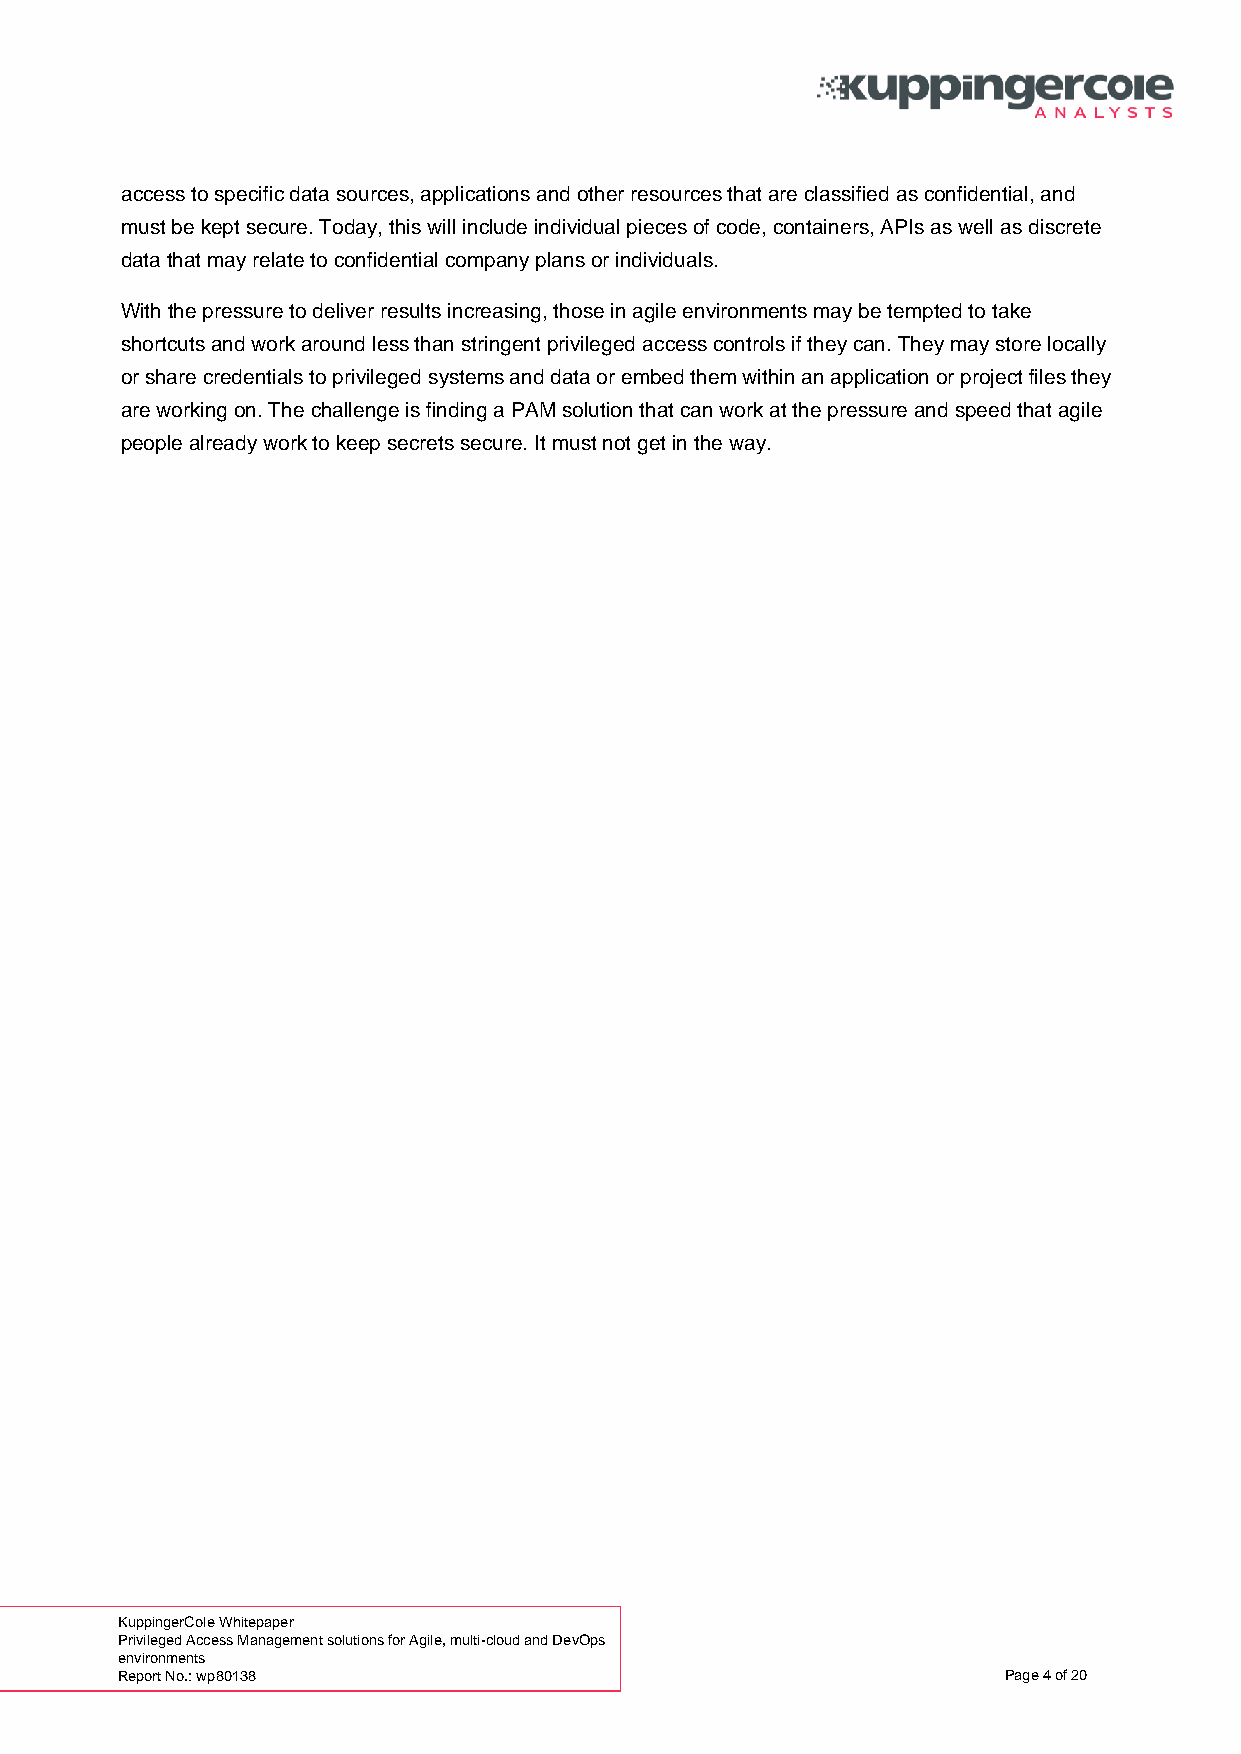
access to specific data sources, applications and other resources that are classified as confidential, and
 must be kept secure. Today, this will include individual pieces of code, containers, APIs as well as discrete
 data that may relate to confidential company plans or individuals.
 With the pressure to deliver results increasing, those in agile environments may be tempted to take
 shortcuts and work around less than stringent privileged access controls if they can. They may store locally
 or share credentials to privileged systems and data or embed them within an application or project files they
 are working on. The challenge is finding a PAM solution that can work at the pressure and speed that agile
 people already work to keep secrets secure. It must not get in the way.
 KuppingerCole Whitepaper
 Privileged Access Management solutions for Agile, multi-cloud and DevOps
 environments
 Report No.: wp80138                                       Page 4 of 20